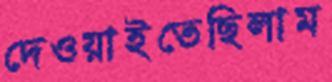
দেওয়াইতেছিলাম